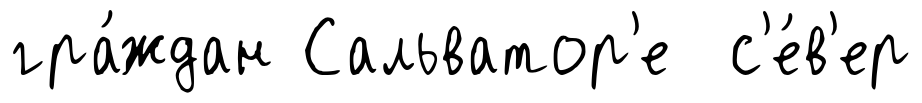
гра́ждан Сальватор'е с'е́в'ер